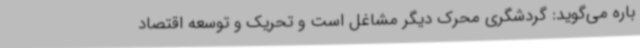
باره می‌گوید: گردشگری محرک دیگر مشاغل است و تحریک و توسعه اقتصاد